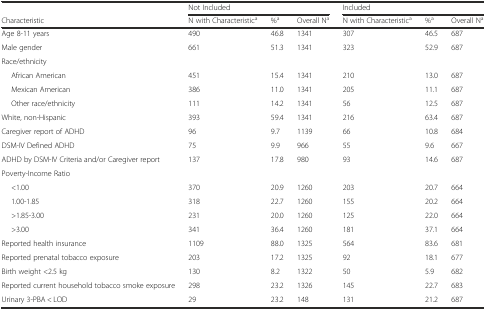
<table><thead><tr><td></td><td colspan="3"><b>Not Included</b></td><td colspan="3"><b>Included</b></td></tr><tr><td><b>Characteristic</b></td><td><b>N with Characteristic<sup>a</sup></b></td><td><b>%<sup>a</sup></b></td><td><b>Overall N<sup>a</sup></b></td><td><b>N with Characteristic<sup>a</sup></b></td><td><b>%<sup>a</sup></b></td><td><b>Overall N<sup>a</sup></b></td></tr></thead><tbody><tr><td>Age 8-11 years</td><td>490</td><td>46.8</td><td>1341</td><td>307</td><td>46.5</td><td>687</td></tr><tr><td>Male gender</td><td>661</td><td>51.3</td><td>1341</td><td>323</td><td>52.9</td><td>687</td></tr><tr><td>Race/ethnicity</td><td></td><td></td><td></td><td></td><td></td><td></td></tr><tr><td>African American</td><td>451</td><td>15.4</td><td>1341</td><td>210</td><td>13.0</td><td>687</td></tr><tr><td>Mexican American</td><td>386</td><td>11.0</td><td>1341</td><td>205</td><td>11.1</td><td>687</td></tr><tr><td>Other race/ethnicity</td><td>111</td><td>14.2</td><td>1341</td><td>56</td><td>12.5</td><td>687</td></tr><tr><td>White, non-Hispanic</td><td>393</td><td>59.4</td><td>1341</td><td>216</td><td>63.4</td><td>687</td></tr><tr><td>Caregiver report of ADHD</td><td>96</td><td>9.7</td><td>1139</td><td>66</td><td>10.8</td><td>684</td></tr><tr><td>DSM-IV Defined ADHD</td><td>75</td><td>9.9</td><td>966</td><td>55</td><td>9.6</td><td>667</td></tr><tr><td>ADHD by DSM-IV Criteria and/or Caregiver report</td><td>137</td><td>17.8</td><td>980</td><td>93</td><td>14.6</td><td>687</td></tr><tr><td>Poverty-Income Ratio</td><td></td><td></td><td></td><td></td><td></td><td></td></tr><tr><td>&lt;1.00</td><td>370</td><td>20.9</td><td>1260</td><td>203</td><td>20.7</td><td>664</td></tr><tr><td>1.00-1.85</td><td>318</td><td>22.7</td><td>1260</td><td>155</td><td>20.2</td><td>664</td></tr><tr><td>&gt;1.85-3.00</td><td>231</td><td>20.0</td><td>1260</td><td>125</td><td>22.0</td><td>664</td></tr><tr><td>&gt;3.00</td><td>341</td><td>36.4</td><td>1260</td><td>181</td><td>37.1</td><td>664</td></tr><tr><td>Reported health insurance</td><td>1109</td><td>88.0</td><td>1325</td><td>564</td><td>83.6</td><td>681</td></tr><tr><td>Reported prenatal tobacco exposure</td><td>203</td><td>17.2</td><td>1325</td><td>92</td><td>18.1</td><td>677</td></tr><tr><td>Birth weight &lt;2.5 kg</td><td>130</td><td>8.2</td><td>1322</td><td>50</td><td>5.9</td><td>682</td></tr><tr><td>Reported current household tobacco smoke exposure</td><td>298</td><td>23.2</td><td>1326</td><td>145</td><td>22.7</td><td>683</td></tr><tr><td>Urinary 3-PBA &lt; LOD</td><td>29</td><td>23.2</td><td>148</td><td>131</td><td>21.2</td><td>687</td></tr></tbody></table>